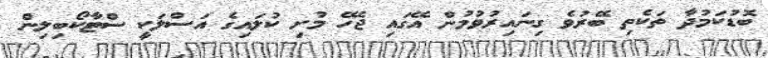
ބޮޑުކަމުދާ ތަކެތި ބޭރުވެ ގިނައިރުވުމުން އޭގައި ޖެހޭ މުށި ކުލައިގެ އަސްލަކީ ސްޓާކޯބިލިން